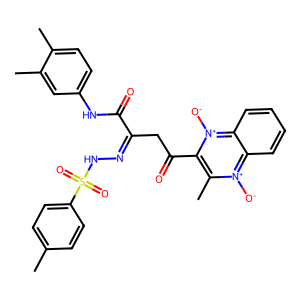
SMILES: Cc1ccc(S(=O)(=O)NN=C(CC(=O)c2c(C)[n+]([O-])c3ccccc3[n+]2[O-])C(=O)Nc2ccc(C)c(C)c2)cc1
Inhibits HIV replication: No